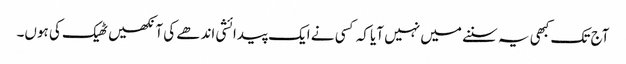
‏ آج تک کبھی یہ سننے میں نہیں آیا کہ کسی نے ایک پیدائشی اندھے کی آنکھیں ٹھیک کی ہوں۔